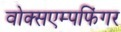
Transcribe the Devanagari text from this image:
वोक्सएम्पफिंगर